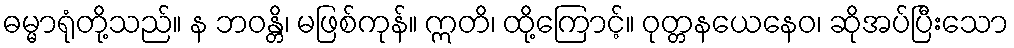
ဓမ္မာရုံတို့သည်။ န ဘဝန္တိ၊ မဖြစ်ကုန်။ ဣတိ၊ ထို့ကြောင့်။ ဝုတ္တနယေနေဝ၊ ဆိုအပ်ပြီးသော